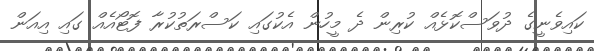
ކައިވެނީގެ ދުވަސްކޮޅެއް ކުރިން ދެ މީހުން އެކުގައި ކަސްރަތުކުރާ ފޮޓޯއެއް ގައި އިއަން